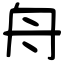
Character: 舟